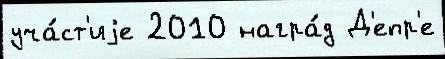
уча́ст'иjе 2010 награ́д Д'епр'е